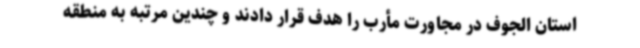
استان الجوف در مجاورت مأرب را هدف قرار دادند و چندین مرتبه به منطقه